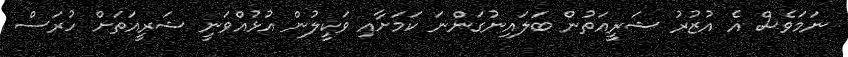
ނަމަވެސް އެ އުޒުރު ޝަރީއަތުން ބަލައިނުގަންނަ ކަމަށާއި ވަކީލުން އުޅުއްވަނީ ޝަރީއަތަށް ހުރަސް